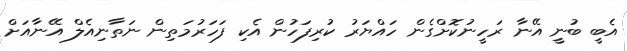
އެބީ ބުނީ އޭނާ ރަހީނުކޮށްގެން ހައްޔަރު ކުރިފަހުން އެކި ފަހަރުމަތިން ނަތާނިއެލް އޭނާއަށް